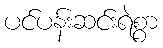
ပင်ပန်းဆင်းရဲစွာ